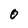
Character: O